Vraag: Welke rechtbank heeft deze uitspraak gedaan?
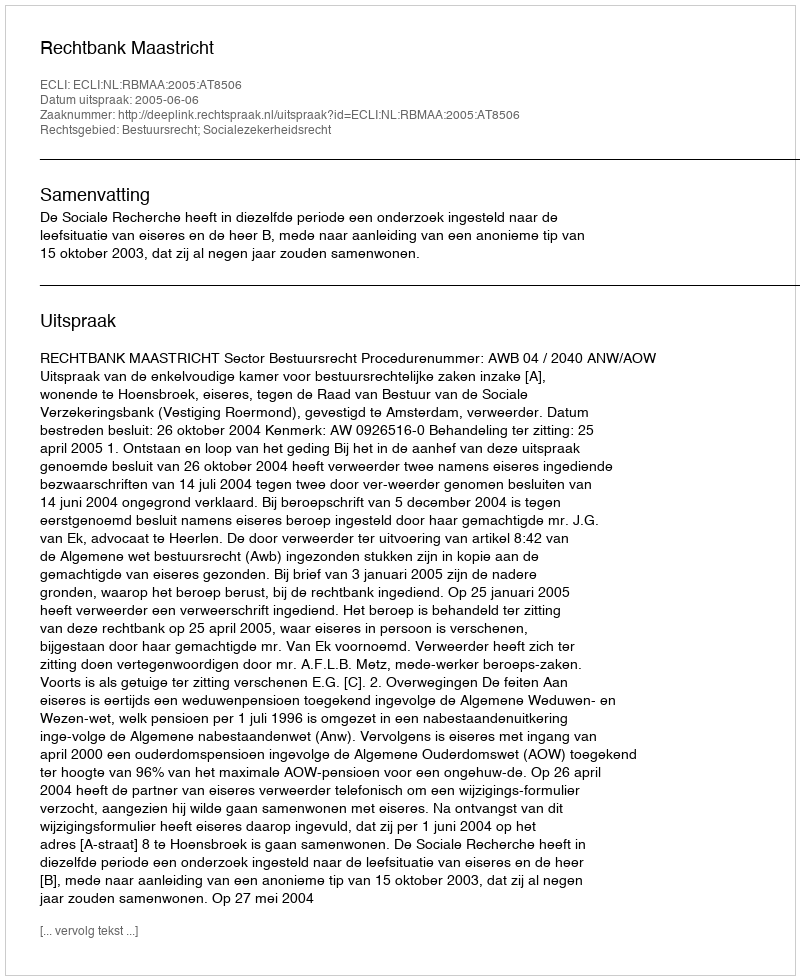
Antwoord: Rechtbank Maastricht